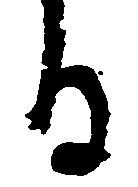
る